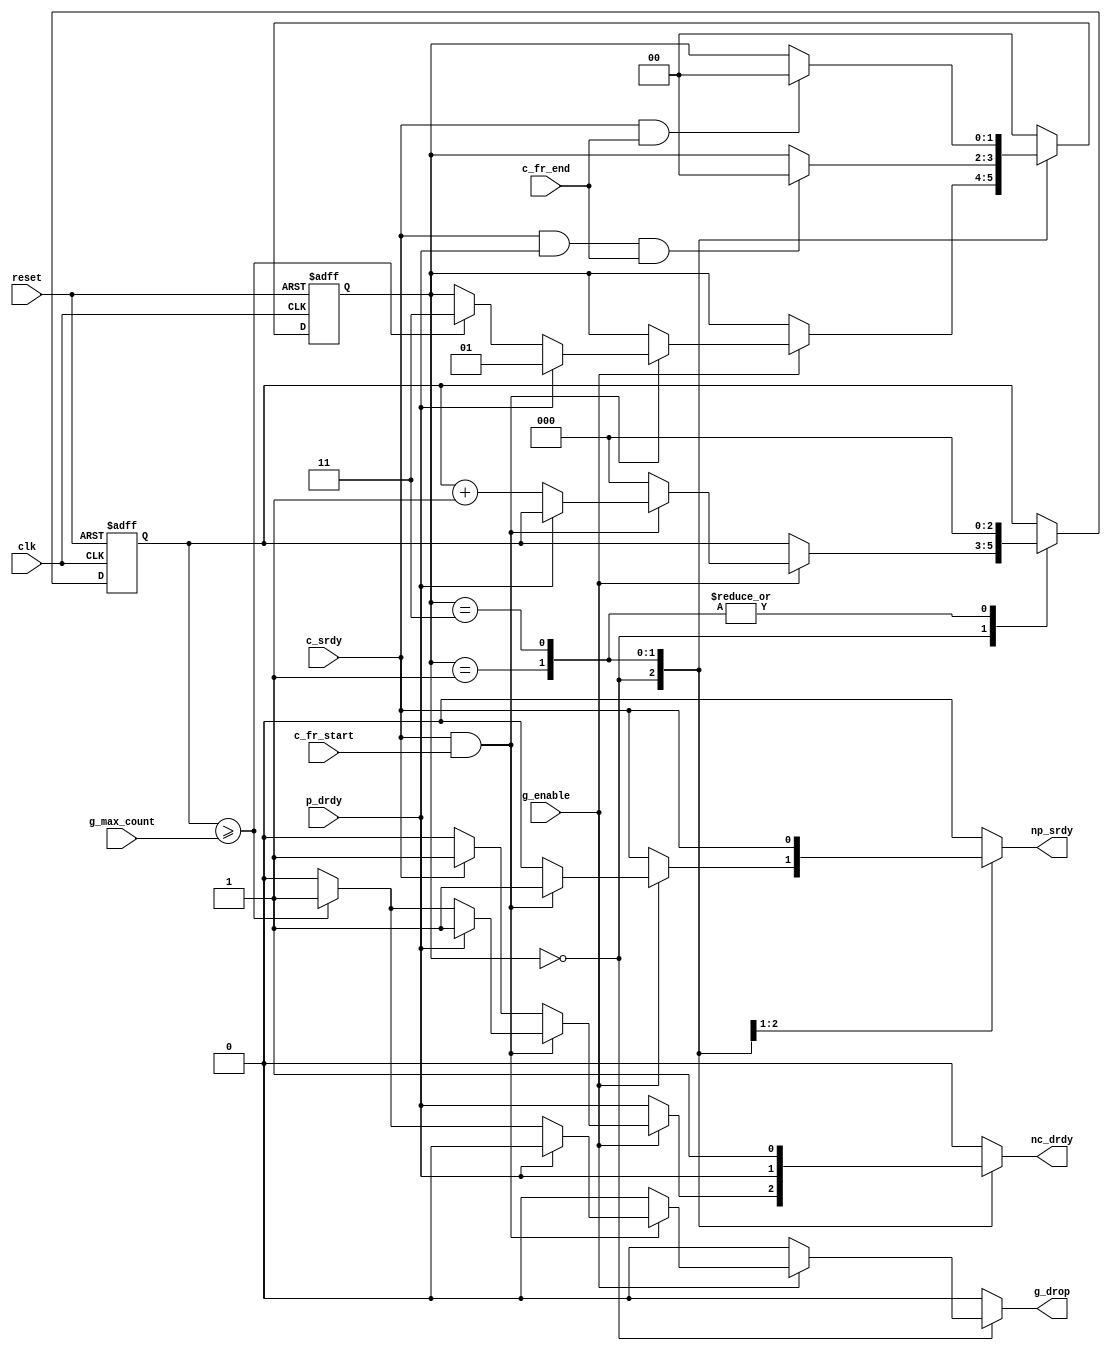
//----------------------------------------------------------------------
// Srdy/drdy backpressure drop (control path only)
//
// Monitors the srdy/drdy signals and looks for backpressure on the
// consumer interface which exceeds a certain time (in clocks).  If
// the time threshold is exceeded, sinks the packet until the end
// of a token frame.
//
// Naming convention: c = consumer, p = producer, 
// n = non-timing closed (combintorial) output
//----------------------------------------------------------------------
//
// This block is uncopyrighted and released into the public domain.
//----------------------------------------------------------------------

// Clocking statement for synchronous blocks.  Default is for
// posedge clocking and positive async reset
`ifndef SDLIB_CLOCKING 
 `define SDLIB_CLOCKING posedge clk or posedge reset
`endif

// delay unit for nonblocking assigns, default is to #1
`ifndef SDLIB_DELAY 
 `define SDLIB_DELAY #1 
`endif

module sd_bpdrop
  #(parameter cnt_sz = 3)
  (
   input               clk,
   input               reset,

   input               g_enable,
   input [cnt_sz-1:0]  g_max_count,
   output reg          g_drop,     // token frame was sunk
  
   input               c_srdy,
   input               c_fr_start, // start of frame signal
   input               c_fr_end,   // end of frame signal
   output reg          nc_drdy,

   output reg          np_srdy,
   input               p_drdy
   );

  localparam s_idle = 2'b00, s_xfer = 2'b01, s_sink = 2'b11;
  
  reg [1:0]            state, nxt_state;
  reg [cnt_sz-1:0]     count, nxt_count;

  always @*
    begin
      nc_drdy = 0;
      np_srdy = 0;
      nxt_state = state;
      nxt_count = count;
      g_drop = 0;
      
      case (state)
        s_idle :
          begin
            if (!g_enable)
              begin
                nc_drdy = p_drdy;
                np_srdy = c_srdy;
              end
            else if (c_srdy & c_fr_start)
              begin
                np_srdy = 1;
                if (p_drdy)
                  begin
                    nc_drdy = 1;
                    nxt_state = s_xfer;
                  end
                else
                  begin
                    nxt_count = count + 1;
                    if (count >= g_max_count)
                      begin
                        nc_drdy = 1;
                        nxt_state = s_sink;
                        g_drop = 1;
                      end
                  end
              end
            else
              begin
                nxt_count = 0;

                // if data other than c_fr_start shows up sink it
                if (c_srdy)
                  nc_drdy = 1;
              end
          end // case: s_idle

        s_xfer :
          begin
            nxt_count = 0;
            np_srdy = c_srdy;
            nc_drdy = p_drdy;
            if (c_srdy & p_drdy & c_fr_end)
              nxt_state = s_idle;
         end // case: s_xfer

        s_sink :
          begin
            nc_drdy = 1;
            nxt_count = 0;

            if (c_srdy & c_fr_end)
              nxt_state = s_idle;
          end

        default : nxt_state = s_idle;
      endcase // case (state)
    end // always @ *

  always @(`SDLIB_CLOCKING)
    begin
      if (reset)
        begin
          state <= `SDLIB_DELAY s_idle;
          count <= `SDLIB_DELAY 0;
        end
      else
        begin
          state <= `SDLIB_DELAY nxt_state;
          count <= `SDLIB_DELAY nxt_count;
        end
    end // always @ (`SDLIB_CLOCKING)
            

endmodule // sd_rrmux